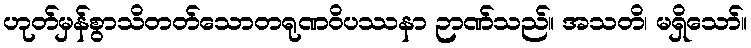
ဟုတ်မှန်စွာသိတတ်သောတရုဏဝိပဿနာ ဉာဏ်သည်။ အသတိ၊ မရှိသော်။